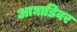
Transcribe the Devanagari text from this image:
आघाडिवर